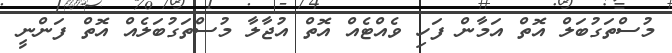
މުސްތަގުބަލް އޮތް އަމާން ފަހި ވެއްޓެއް އޮތް އުޖާލާ މުސްތަގުބަލެއް އޮތް ފަންނީ